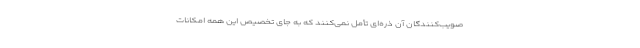
صویب‌کنندگان آن ذره‌ای تأمل نمی‌کنند که به جای تخصیص این همه امکانات